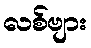
လစ်ဗျား